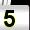
Digit: 5